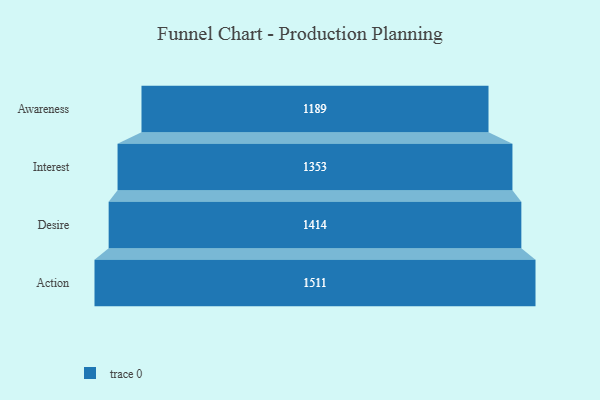
{"axis": {"x": "Stage", "y": "Value"}, "legend": [""], "data": [{"x": "Awareness", "y": 1189.0, "type": ""}, {"x": "Interest", "y": 1353.0, "type": ""}, {"x": "Desire", "y": 1414.0, "type": ""}, {"x": "Action", "y": 1511.0, "type": ""}]}